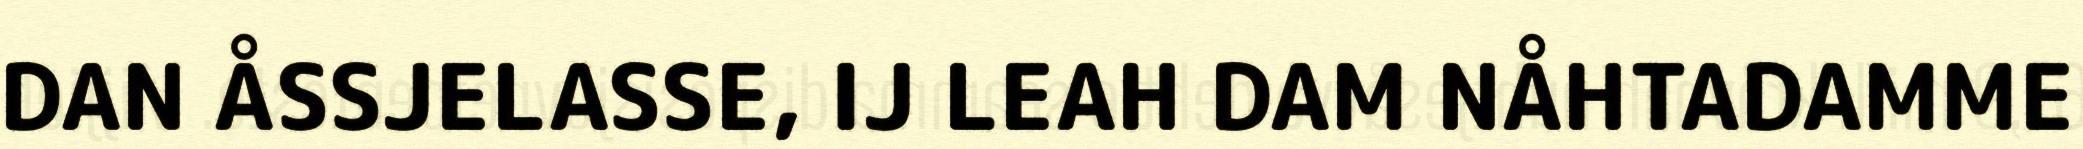
DAN ÅSSJELASSE, IJ LEAH DAM NÅHTADAMME